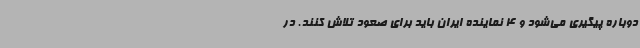
دوباره پیگیری می‌شود و 4 نماینده ایران باید برای صعود تلاش کنند. در